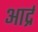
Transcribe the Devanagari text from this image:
आर्द्र